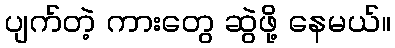
ပျက်တဲ့ ကားတွေ ဆွဲဖို့ နေမယ်။